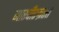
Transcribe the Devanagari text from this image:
गारपीटग्रस्त